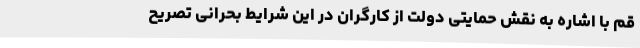
قم با اشاره به نقش حمایتی دولت از کارگران در این شرایط بحرانی تصریح